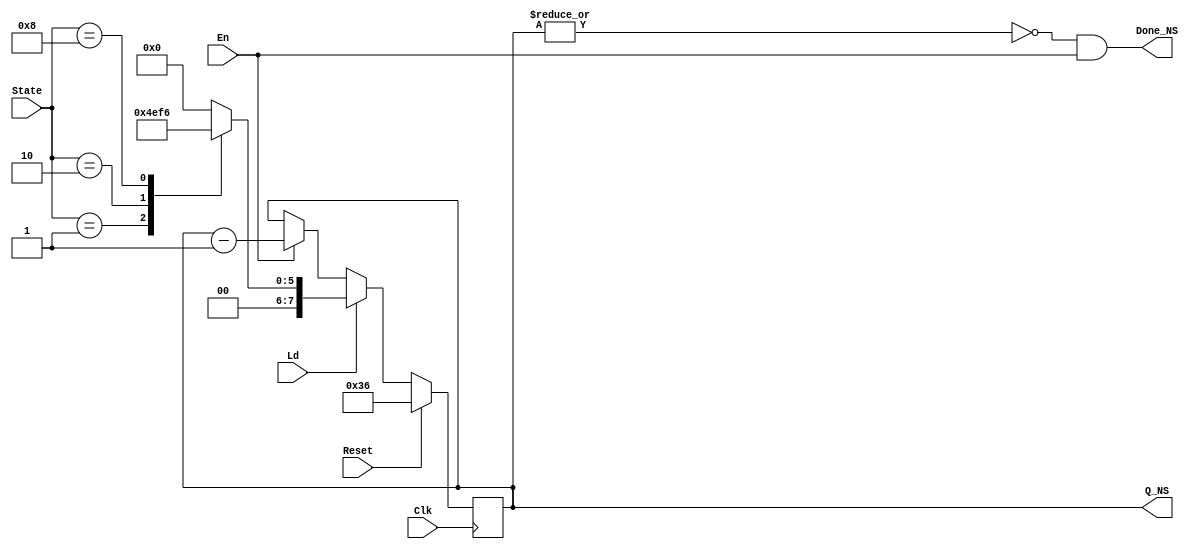
// timer_NS.v
module timer_NS(Clk,Reset,Ld,En,State,Q_NS,Done_NS);
input Clk,Reset,Ld,En;
input[3:0]State;
output[7:0]Q_NS;
output Done_NS;
reg[7:0]Q_NS;
parameter red_NS=8'h3b,green_NS=8'h36,yellow_NS=8'h04;
parameter St0=4'b0001,St1=4'b0010,St2=4'b0100,St3=4'b1000;
assign Done_NS=~(|Q_NS)&&En;
always@(posedge Clk)
 if(Reset)Q_NS<=green_NS;
 else if(Ld)
  case(State)
   St0:Q_NS<=yellow_NS;
   St1:Q_NS<=red_NS;
   St2:Q_NS<=8'h00;
   St3:Q_NS<=green_NS;
   default:Q_NS<=8'h00;
  endcase
 else if(En)
  begin
   Q_NS<=Q_NS-1;
  end
endmodule